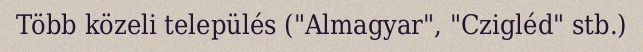
Több közeli település ("Almagyar", "Czigléd" stb.)